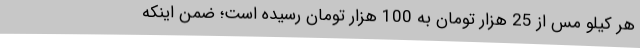
هر کیلو مس از 25 هزار تومان به 100 هزار تومان رسیده است؛ ضمن اینکه